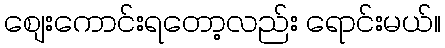
စျေးကောင်းရတော့လည်း ရောင်းမယ်။